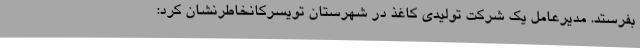
بفرستد. مدیرعامل یک شرکت تولیدی کاغذ در شهرستان تویسرکانخاطرنشان کرد: